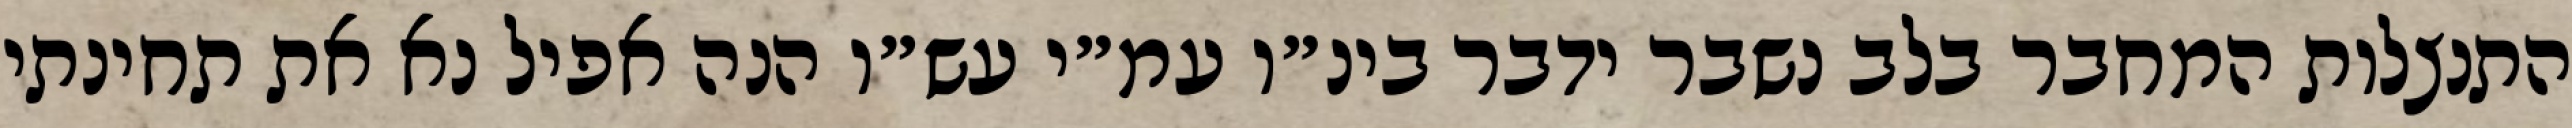
התנצלות המחבר בלב נשבר ידבר בינ״ו עמ״י עש״ו הנה אפיל נא את תחינתי